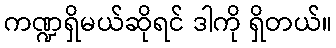
ကဏ္ဍရှိမယ်ဆိုရင် ဒါကို ရှိတယ်။